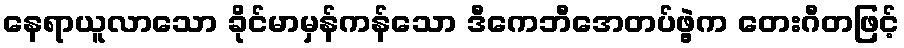
နေရာယူလာသော ခိုင်မာမှန်ကန်သော ဒီကေဘီအေတပ်ဖွဲ့က တေးဂီတဖြင့်